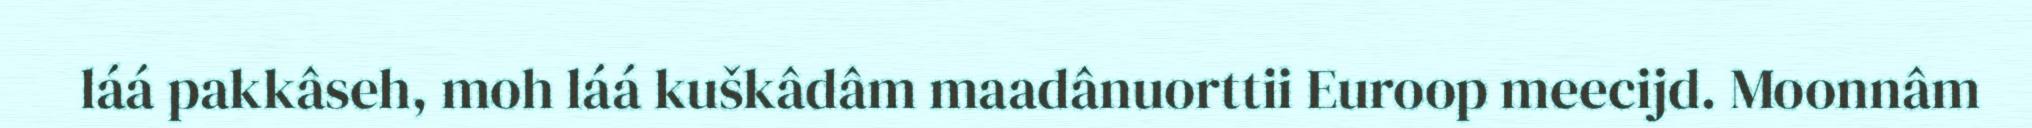
láá pakkâseh, moh láá kuškâdâm maadânuorttii Euroop meecijd. Moonnâm